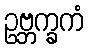
ဥဗ္ဘက္ခကံ